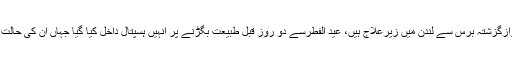
واضح رہے کہ کلثوم نوازگزشتہ برس سے لندن میں زیرعلاج ہیں، عید الفطرسے دو روز قبل طبیعت بگڑنے پر انہیں ہسپتال داخل کیا گیا جہاں ان کی حالت مزید تشویشناک ہوگئی۔